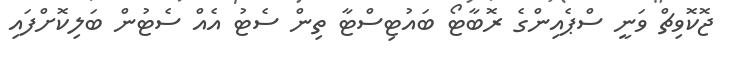
ޖޮކޮވިޗް ވަނީ ސްޕެއިންގެ ރޮބާޓޯ ބައުޓިސްޓާ ތިން ސެޓު އެއް ސެޓުން ބަލިކޮށްފައި